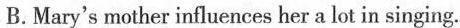
B.Mary's mother influences her a lot in singing.